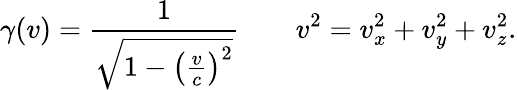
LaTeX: \gamma(v)={\frac{1}{\sqrt{1-\left({\frac{v}{c}}\right)^{2}}}}\qquad v^{2}=v_{x}^{2}+v_{y}^{2}+v_{z}^{2}.